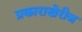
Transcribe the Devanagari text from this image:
प्रकाराखेरीज